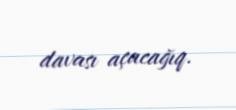
davası açacağıq.